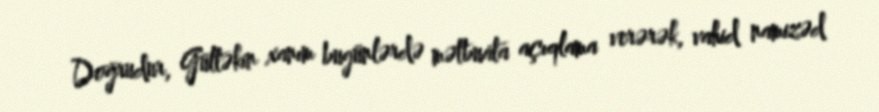
Doğrudur, Gültəkin xanım bugünlərdə mətbuata açıqlama verərək, vahid namizəd